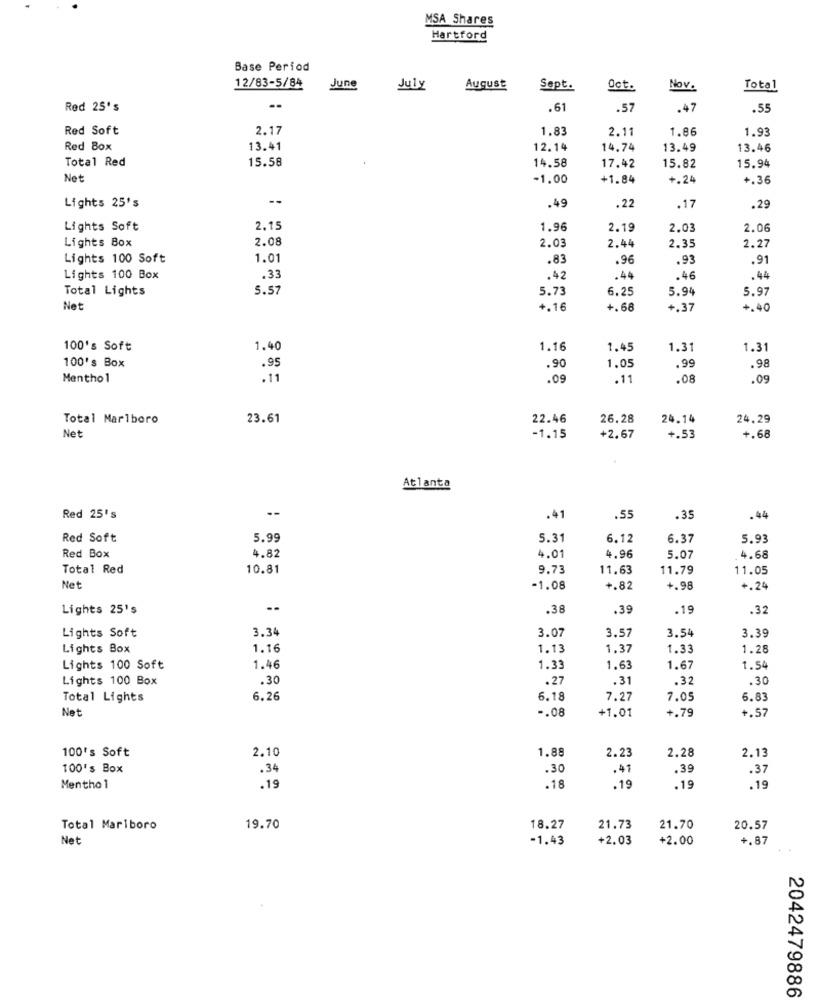
MSA Shares
Hartford
Base Period
12/83-5/84
June
July
August
Sept.
Oct.
Nov.
Total
Red 25's
..
.61
.57
.47
.55
Red Soft
2.17
1.83
2.11
1.86
1.93
Red Box
13.41
12.14
14.74
13.49
13.46
Total Red
14.58
15.94
15.58
17.42
15.82
Net
-1.00
+1.84
+.24
+.36
Lights 25's
.49
.22
.17
.29
Lights Soft
2.15
1.96
2.19
2.0
2.06
Lights Box
2.08
2.03
2.44
2.35
2.27
Lights 100 Soft
1.01
.83
.96
.93
.91
Lights 100 Box
.33
.42
.44
.46
.44
Total Lights
5.57
5.73
6.25
5.94
5.97
Net
+.16
+.68
+.37
+.40
100's Soft
1.40
1.16
1.45
1.31
1.31
1.05
100's Box
.95
.90
.99
.98
Menthol
.11
.09
.11
.08
.09
Total Marlboro
23.61
22.46
26.28
24.14
24.29
Net
-1.15
+2.67
+.53
+.68
Atlanta
..
Red 25's
.41
.55
.35
.44
Red Soft
5.99
5.31
6.12
6.37
5.93
Red Box
4.82
4.01
4.96
5.07
4.68
Total Red
10.81
9.73
11.63
11.79
11.05
Net
-1.08
+.82
+.98
+.24
Lights 25's
--
.38
.39
.19
.32
3.34
3.07
3.57
3.39
Lights Soft
3.54
Lights Box
1.16
1.13
1.37
1.33
1.28
Lights 100 Soft
1.46
1.33
1.63
1.67
1.54
Lights 100 Box
.30
.27
.31
.32
.30
Total Lights
6.26
6.18
7.27
7.05
6.83
Net
-. 08
+.79
+.57
+1.01
100's Soft
2.10
1.88
2.23
2.28
2.1
100's Box
.34
.30
.41
.39
.37
.19
Menthol
.18
.19
.19
.19
Total Marlboro
19.70
18.27
21.73
21.70
20.57
Net
-1.43
+2.03
+2.00
+.87
2042479886